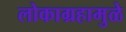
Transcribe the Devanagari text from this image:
लोकाग्रहामुळे